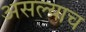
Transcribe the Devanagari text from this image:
असल्याच